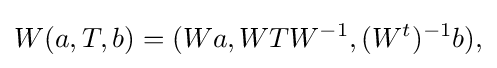
\displaystyle {W(a,T,b)=(Wa,WTW^{-1},(W^{t})^{-1}b),}